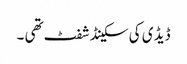
ڈیڈ ی کی سکینڈ شفٹ تھی ۔